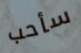
سأحب